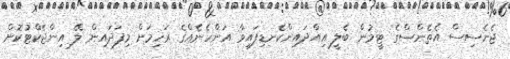
ޖެނެސިސް އެތެންސްގެ ޓީމުން ބެލީ އިއްދައިންކެނޑިފައިވާ އަންހެނެއްގެ ރަހިމަށް މިފަދައިން ލޭ އިންޖެކްޓުކޮށް